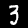
Digit: 3